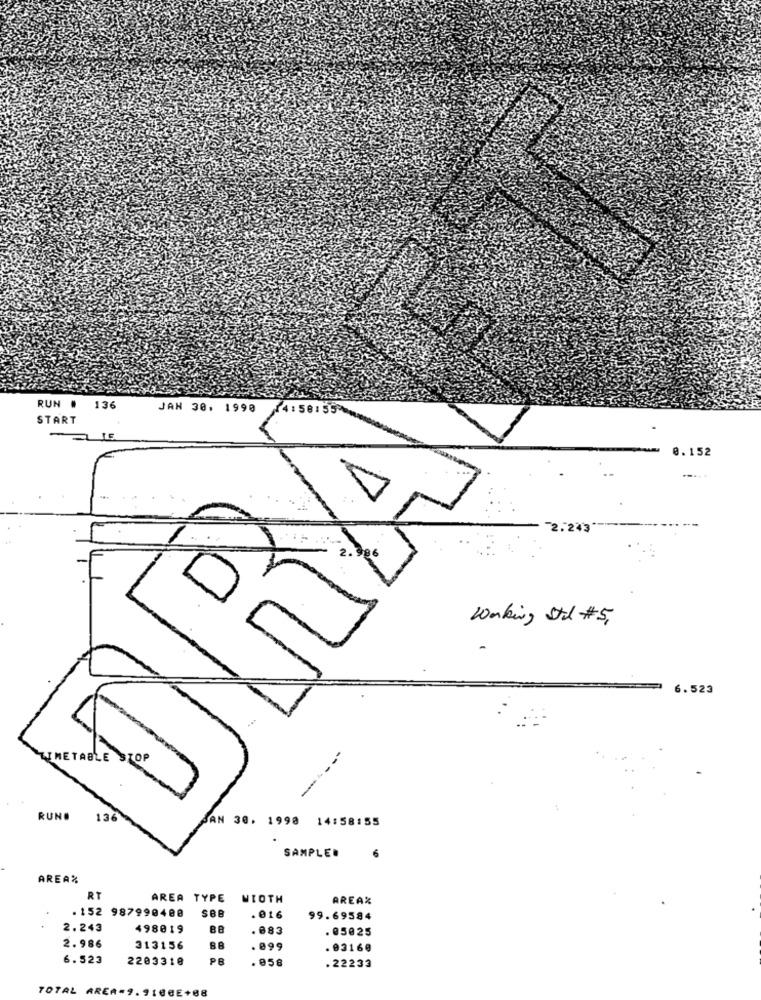
RUN .
136
JAN 30. 1990
14:58:55
START
.
0.152
-2.243
K
Waking Std # 5,
6.523
THETABLE STOP
---
RUN# 136
SAN 30. 1998 14:58:55
SAMPLER
6
AREA%
RT
AREA TYPE
MIOTH
AREA%
SBB
. 152 987990400
. 016
99.69584
2.243
498019
. 883
. 05025
2.986
313156
. 099
. 03160
6.523
2203318
PB
. 058
. 22233
TOTAL AREA-9.